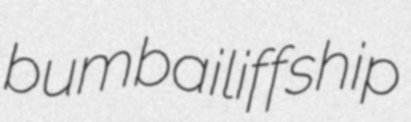
bumbailiffship